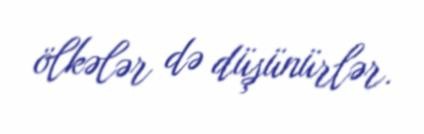
ölkələr də düşünürlər.